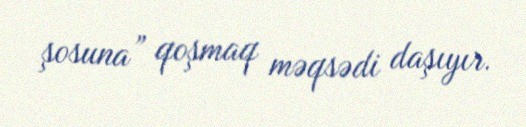
şosuna” qoşmaq məqsədi daşıyır.